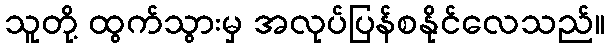
သူတို့ ထွက်သွားမှ အလုပ်ပြန်စနိုင်လေသည်။